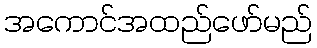
အကောင်အထည်ဖော်မည်